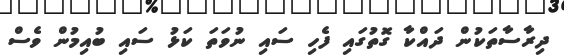
ދިރާސާތަކުން ދައްކާ ގޮތުގައި ފެހި ސައި ނުވަތަ ކަޅު ސައި ބުއިމުން ވެސް